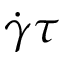
\dot { \gamma } \tau